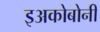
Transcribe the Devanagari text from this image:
इअकोबोनी